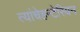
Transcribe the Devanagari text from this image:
त्यांचेहन्टेरियन